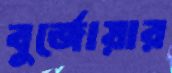
বুর্জোয়ার